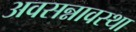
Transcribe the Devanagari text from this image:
अवसन्नावस्था